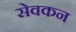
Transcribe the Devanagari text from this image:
सेवकन